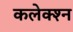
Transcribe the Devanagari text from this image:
कलेक्श्न